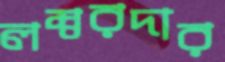
লম্বরদার